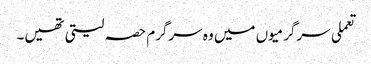
تعملی سرگرمیوں میں وہ سرگرم حصہ لیتی تھیں۔